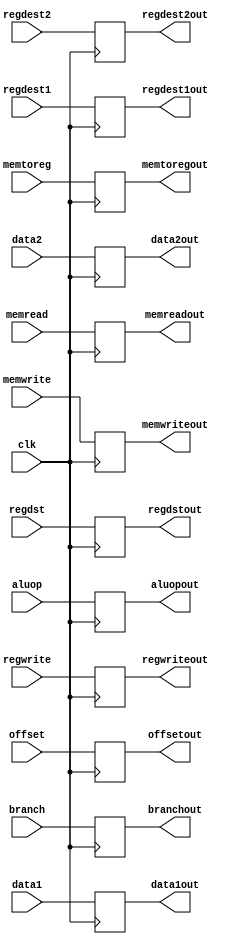
module EX(
    input regwrite, memread, memwrite,branch, memtoreg,regdst,
    input [15:0] data1,
    input [15:0] data2,
    input [15:0] offset,
    input [3:0] regdest1,
    input [3:0] regdest2,
    input [2:0] aluop,
    output regwriteout, memreadout, memwriteout, branchout, memtoregout,regdstout,
    output reg [15:0] data1out,
    output reg [15:0] data2out,
    output reg [15:0] offsetout,
    output reg [3:0] regdest1out,
    output reg [3:0] regdest2out,
    output reg [2:0] aluopout,
    input clk
    );
    always@(posedge clk) begin
    branchout <= branch;
    memtoregout <= memtoreg;
    regwriteout <= regwrite;
    memreadout <= memread;
    memwriteout <= memwrite;
    data1out <= data1;
    data2out <= data2;
    offsetout <= offset;
    regdest1out <= regdest1;
    regdest2out <= regdest2;    
    aluopout <= aluop;
    regdstout <= regdst;
    end   
    
endmodule